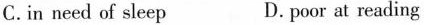
C.in need of sleep D. poor at reading